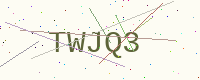
Text: TWJQ3